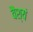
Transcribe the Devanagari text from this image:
वैश्यं